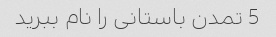
5 تمدن باستانی را نام ببرید